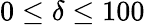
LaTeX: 0\leq\delta\leq 100